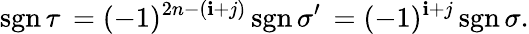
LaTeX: \operatorname{sgn}\tau\, =(-1)^{2n-(\mathbf{i}+j)}\operatorname{sgn}\sigma^{\prime}\, =(-1)^{\mathbf{i}+j}\operatorname{sgn}\sigma.